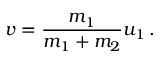
v = { \frac { m _ { 1 } } { m _ { 1 } + m _ { 2 } } } u _ { 1 } \, .